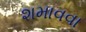
શમાવવા